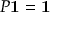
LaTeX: P \mathbf { 1 } = \mathbf { 1 }